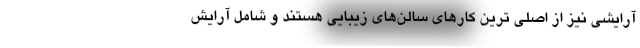
آرایشی نیز از اصلی ترین کارهای سالن‌های زیبایی هستند و شامل آرایش